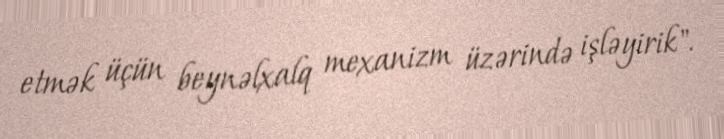
etmək üçün beynəlxalq mexanizm üzərində işləyirik".